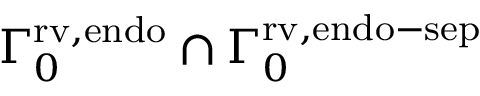
\Gamma _ { 0 } ^ { \mathrm { { r v , e n d o } } } \cap { \Gamma } _ { 0 } ^ { \mathrm { { r v , e n d o - s e p } } }